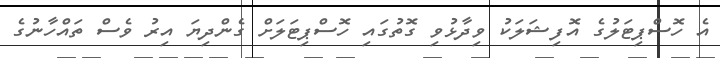
އެ ހޮސްޕިޓަލުގެ އޮފިޝަލަކު ވިދާޅުވި ގޮތުގައި ހޮސްޕިޓަލަށް ގެންދިޔަ އިރު ވެސް ތައްހާނުގެ